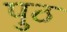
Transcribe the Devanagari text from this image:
पुठ